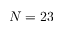
N = 2 3